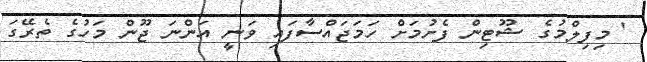
' މިފިލްމުގެ ޝޫޓިން ފެށުމަށް ހަމަޖައްސާފައި ވަނީ އަންނަ ޖޫން މަހުގެ ތެރޭގަ